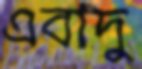
এবাদু